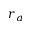
r _ { a }